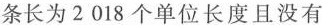
条长为2 018个单位长度且没有